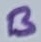
Text: B